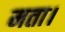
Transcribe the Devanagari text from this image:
मता।